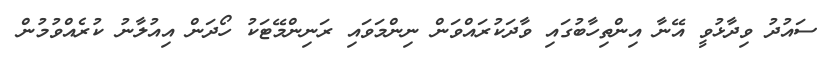
ސައުދު ވިދާޅުވީ އޭނާ އިންތިހާބުގައި ވާދަކުރައްވަން ނިންމަވައި ރަނިންމޭޓަކު ހޯދަން އިއުލާނު ކުރެއްވުމުން